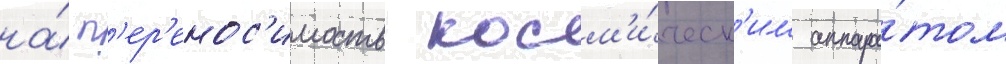
на́ п'ер'енос'имость косм'и́ческ'им аппара́том